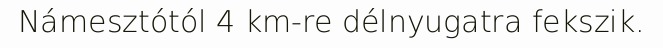
Námesztótól 4 km-re délnyugatra fekszik.